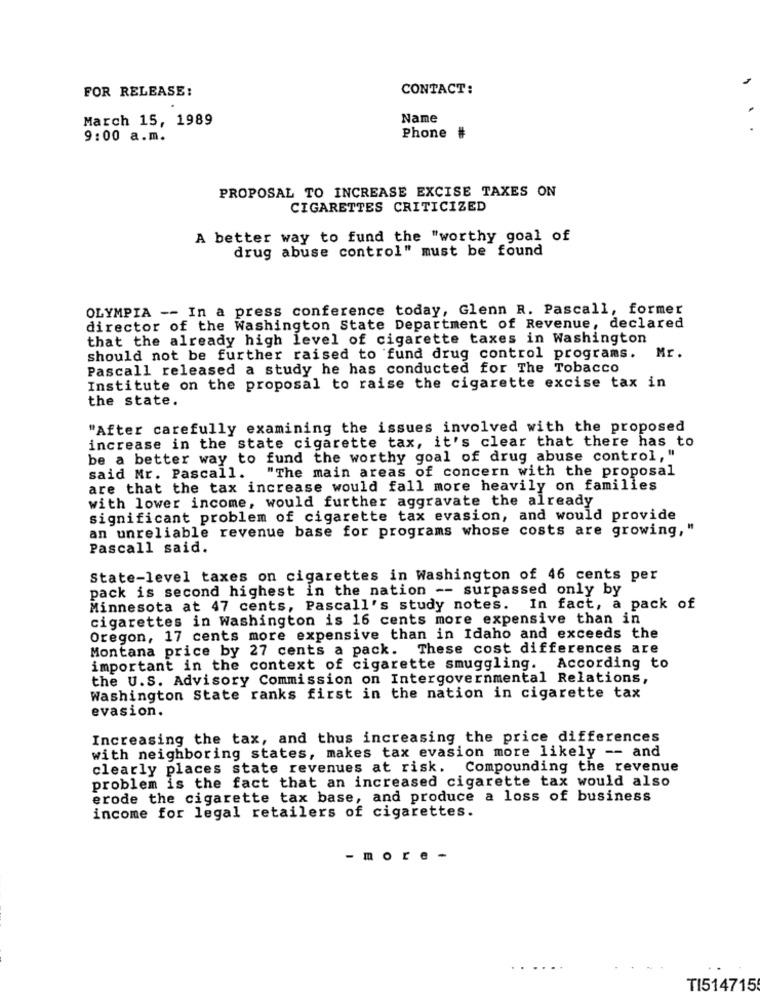
FOR RELEASE:
CONTACT:
March 15, 1989
Name
9:00 a.m.
Phone
PROPOSAL TO INCREASE EXCISE TAXES ON
CIGARETTES CRITICIZED
A better way to fund the "worthy goal of
drug abuse control" must be found
OLYMPIA -- In a press conference today, Glenn R. Pascall, former
director of the Washington State Department of Revenue, declared
that the already high level of cigarette taxes in Washington
Mr.
should not be further raised to fund drug control programs.
Pascall released a study he has conducted for The Tobacco
Institute on the proposal to raise the cigarette excise tax in
the state.
"After carefully examining the issues involved with the proposed
increase in the state cigarette tax, it's clear that there has to
be a better way to fund the worthy goal of drug abuse control, "
"The main areas of concern with the proposal
said Mr. Pascall.
are that the tax increase would fall more heavily on families
with lower income, would further aggravate the already
significant problem of cigarette tax evasion, and would provide
an unreliable revenue base for programs whose costs are growing,"
Pascall said.
State-level taxes on cigarettes in Washington of 46 cents per
pack is second highest in the nation -- surpassed only by
Minnesota at 47 cents, Pascall's study notes. In fact, a pack of
cigarettes in Washington is 16 cents more expensive than in
Oregon, 17 cents more expensive than in Idaho and exceeds the
Montana price by 27 cents a pack. These cost differences are
important in the context of cigarette smuggling. According to
the U.S. Advisory Commission on Intergovernmental Relations,
Washington State ranks first in the nation in cigarette tax
evasion.
Increasing the tax, and thus increasing the price differences
with neighboring states, makes tax evasion more likely -- and
clearly places state revenues at risk. Compounding the revenue
problem is the fact that an increased cigarette tax would also
erode the cigarette tax base, and produce a loss of business
income for legal retailers of cigarettes.
- more-
TI514715